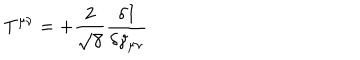
LaTeX: T ^ { \mu \nu } = + \frac { 2 } { \sqrt { \gamma } } \frac { \delta I } { \delta \gamma _ { \mu \nu } }